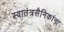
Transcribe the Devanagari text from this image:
स्वातंत्रसैनिकांना